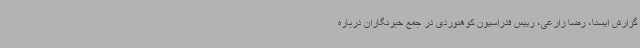
گزارش ایسنا، رضا زارعی، رییس فدراسیون کوهنوردی در جمع خبرنگاران درباره